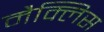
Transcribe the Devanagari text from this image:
मैक्लिस